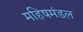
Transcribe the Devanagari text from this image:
महिषमंडल